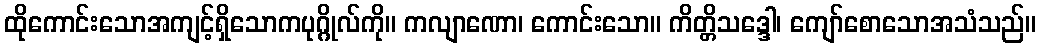
ထိုကောင်းသောအကျင့်ရှိသောကပုဂ္ဂိုလ်ကို။ ကလျာဏော၊ ကောင်းသော။ ကိတ္တိသဒ္ဒေါ၊ ကျော်စောသောအသံသည်။